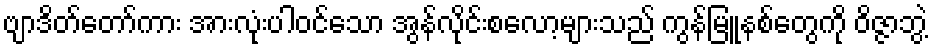
ဗျာဒိတ်တော်ကား အားလုံးပါ၀င်သော အွန်လိုင်းစလော့များသည် ကွန်မြူနစ်တွေကို ဝိဇ္ဇာဘွဲ့